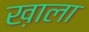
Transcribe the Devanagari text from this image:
ख़ाला